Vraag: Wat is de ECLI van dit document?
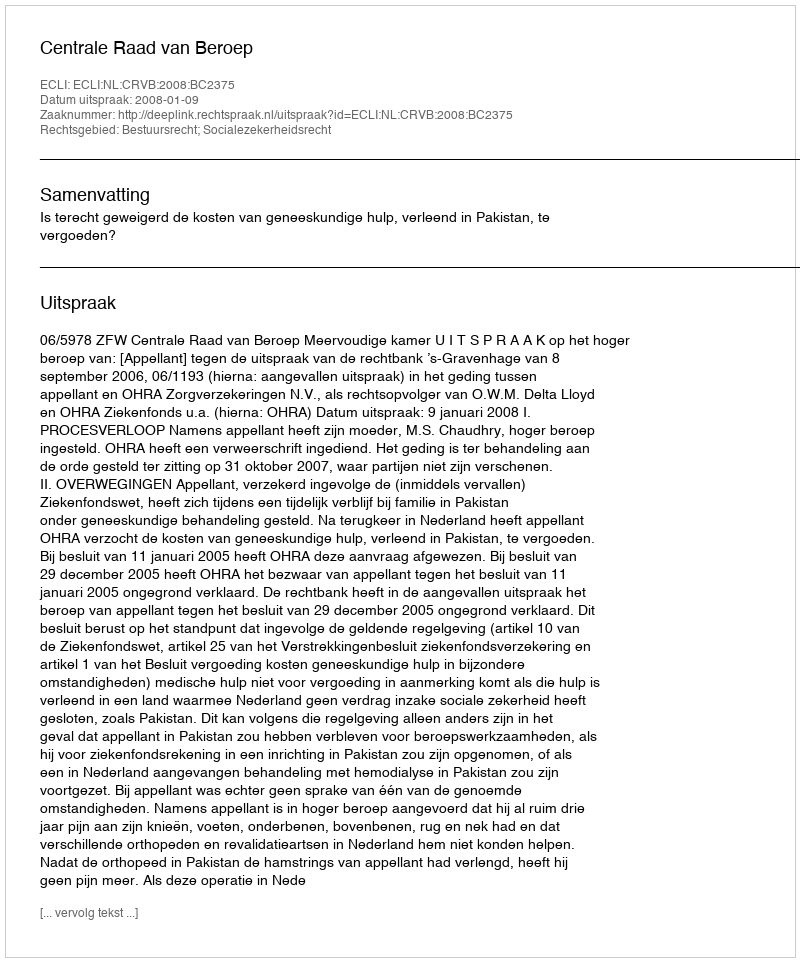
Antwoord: ECLI:NL:CRVB:2008:BC2375